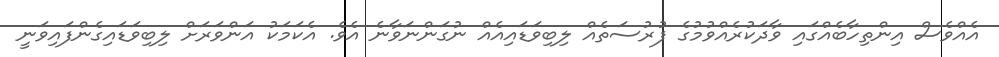
އެއްވެސް އިންތިހާބެއްގައި ވާދަކުރެއްވުމުގެ ފުރުސަތެއް ލިބިވަޑައިއެއް ނުގަންނަވާނެ އެވެ. އެކަމަކު އަންވަރަށް ލިބިވަޑައިގެންފައިވަނީ